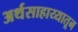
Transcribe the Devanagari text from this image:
अर्थसाहाय्यातून